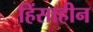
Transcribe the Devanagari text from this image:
हिंसाहीन